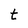
Character: t